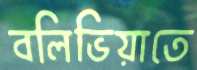
বলিভিয়াতে